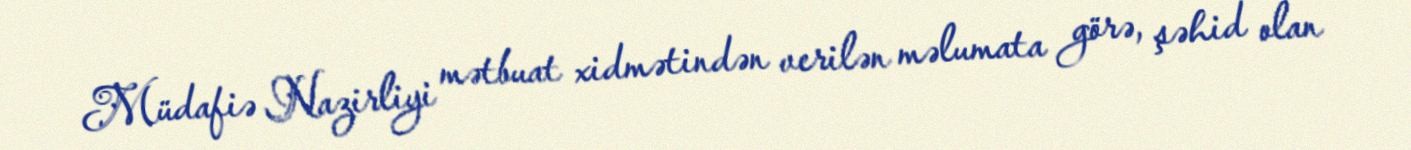
Müdafiə Nazirliyi mətbuat xidmətindən verilən məlumata görə, şəhid olan